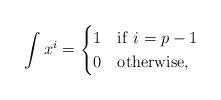
LaTeX: \begin{align*} \int x^i=\begin{cases}1 & {\rm if}\ i=p-1\cr 0 &{\rm otherwise,}\end{cases}\end{align*}